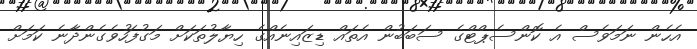
އެހެން ނަމަވެސް އެ ކޮންސެޕްޓްގެ ސަބަބުން އެތައް ޑިޒައިނެއްގެ ހިޔާލުތަކަށް މަގުފަހުވެގެންދާނެ ކަމަށް